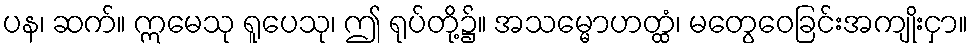
ပန၊ ဆက်။ ဣမေသု ရူပေသု၊ ဤ ရုပ်တို့၌။ အသမ္မောဟတ္ထံ၊ မတွေဝေခြင်းအကျိုးငှာ။